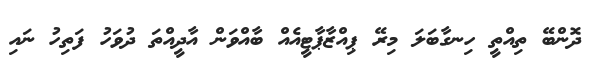
ދޮންބޭ ތިއްތީ ހިނގާބަލަ މިރޭ ޕިއްޒާޕާޓީއެއް ބާއްވަން އާދީއްތަ ދުވަހު ފަތިހު ނައި